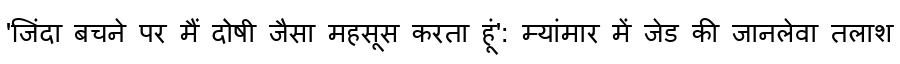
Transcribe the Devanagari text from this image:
'जिंदा बचने पर मैं दोषी जैसा महसूस करता हूं': म्यांमार में जेड की जानलेवा तलाश